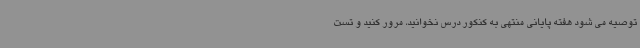
توصیه می شود هفته پایانی منتهی به کنکور درس نخوانید، مرور کنید و تست